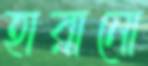
হারানো